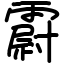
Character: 霨